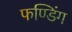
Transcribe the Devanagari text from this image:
फण्डिंग